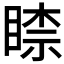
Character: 𥈡